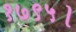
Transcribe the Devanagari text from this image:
१७९५।